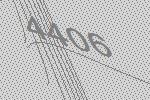
4406